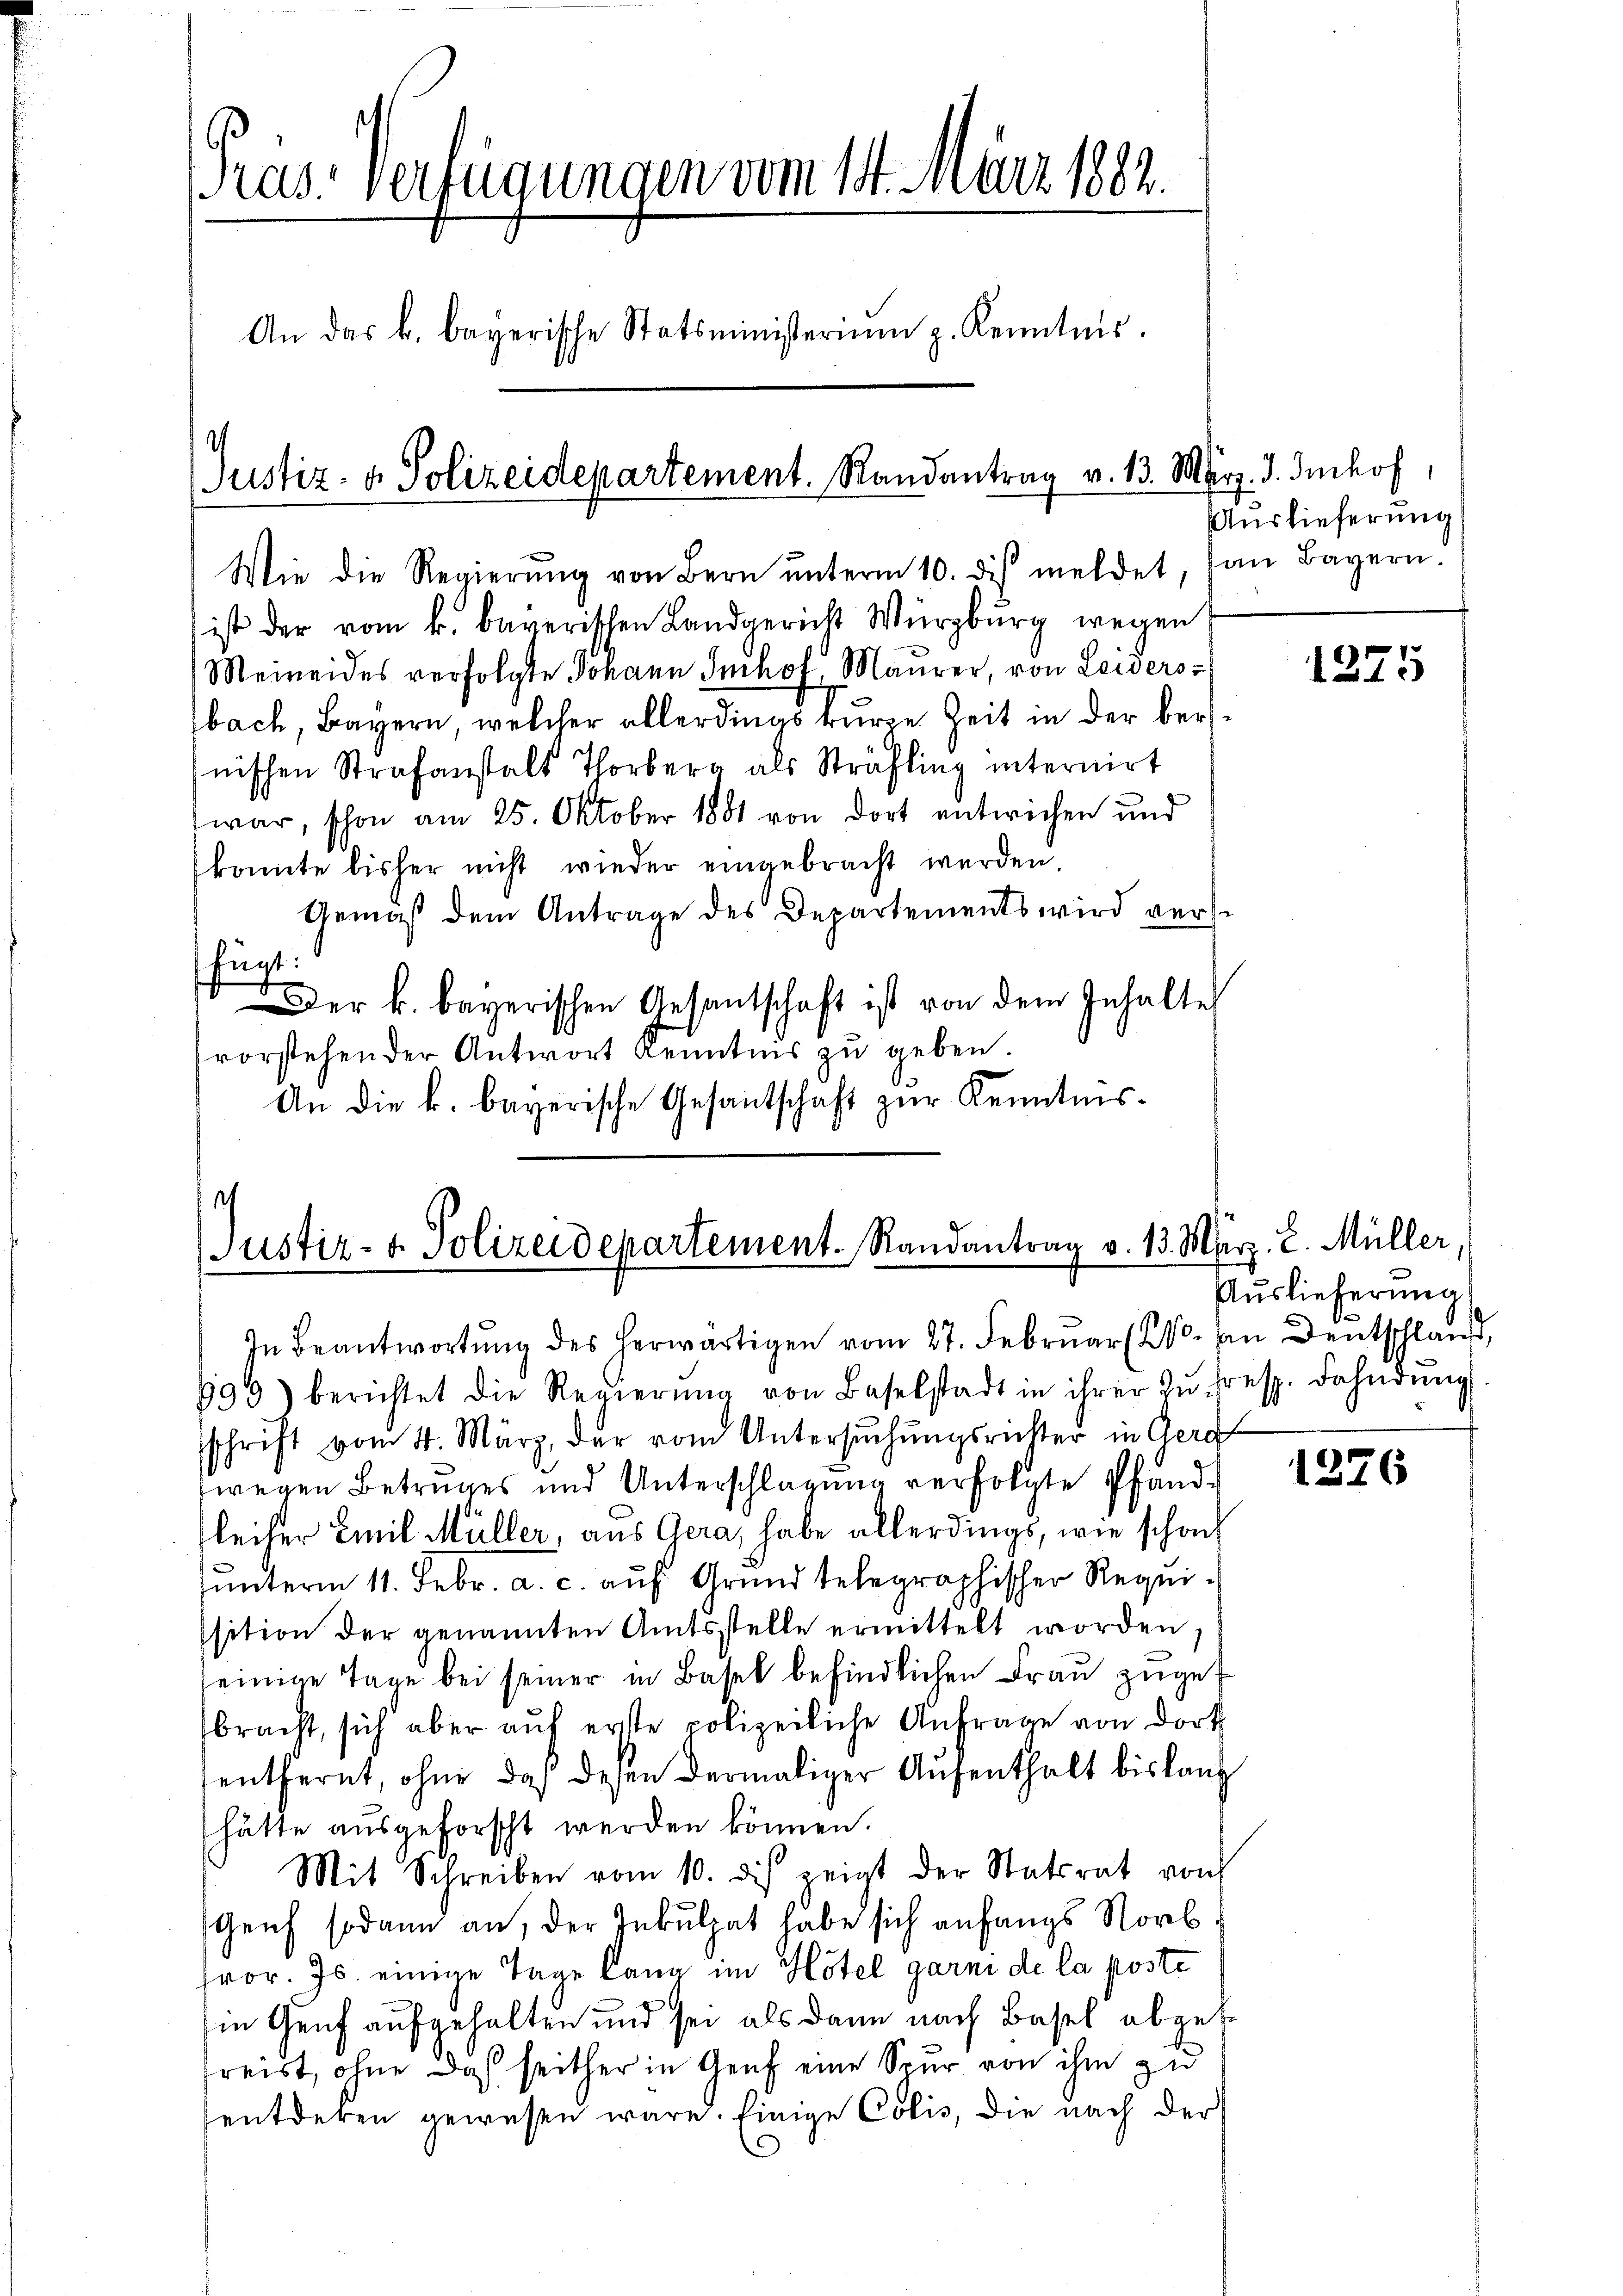
Tras. Verfügungen vom 14. März 1882.
An das k. bayerische Statsministerium p. Kenntnis.
Justiz- & Polizeidepartement. Randantrag v. 13. März. d. Imhof,

Wie die Regierŭng von Bern ŭnterm 10. di meldet, an Bayern.
ist der vom k. bayerischen Landgericht Würzburg wegen
Meineides verfolgte Johann Imhof, Maurer, von Leiders
bach, Bayern, welcher allerdings kurze Zeit in der bernischen Strafanstalt Thorberg als Sträfling internirt
war, schon am 25. Oktober 1881 von dort entwichen und
konnte bisher nicht wieder eingebracht werden
Gemäß dem Antrage des Departements wird versfügt:
Der k. bayerischen Gesantschaft ist von dem Inhalte
vorstehender Antwort Kenntnis zu geben.
An die k. bayerische Gesantschaft zŭr Kenntnis-

Justiz- & Polizeidepartement. Randantrag v. 13. März. 2. Müller,
In Beantwortŭng des herwärtigen vom 27. Februar (2. An Deutschlauf,

899) berichtet die Regierŭng von Baselstadt in ihrer zŭ fresp. Fahndŭng
sschrift vom 4. März, der vom Untersuchungsrichter in Gera
wegen Betruges und Unterschlagung verfolgte Pfand-
leiher Emil Müller, aus Gera, habe allerdings, wie schon
unterm 11. Febr. a. c. auf Grund telegraphischer Requissition der genannten Amtsstelle ermittelt worden,
einige Tage bei seiner in Basel befindlichen Frau zugebracht, sich aber auf erste polizeiliche Anfrage von dort
entfernt, ohne daß desen dermaliger Aufenthalt bis lang
hätte ausgeforscht werden können.
Mit Schreiben vom 10. des zeigt der Statsrat von
Genf sodann an, der Inkulpat habe sich anfangs Norb.
hror. Js. einige Tage lang im Hotel garni de la poste
in Genf aufgehalten und sei als dann nach Basel abgef
freist, ohne daß seither in Genf eine Spur von ihm zu
entdeken gewesen wäre. Einige Colis, die nach der

Auslieferung

1275

Auslieferung
d

1376